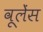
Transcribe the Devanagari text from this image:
वूलेंस